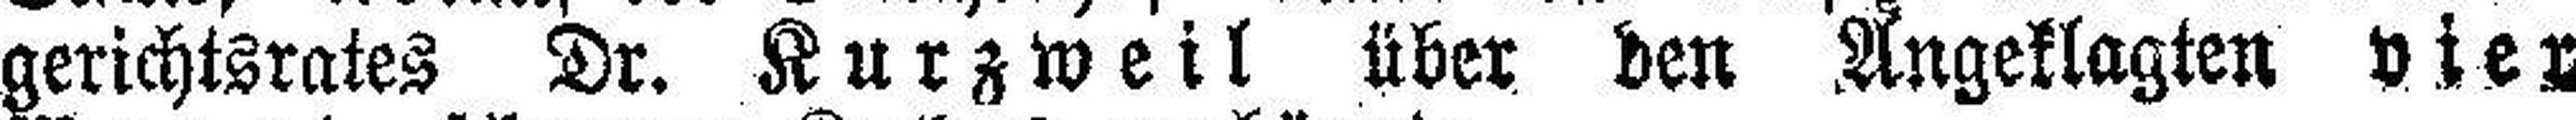
gerichtsrates Dr. Kurzweil über den Angeklagten vier